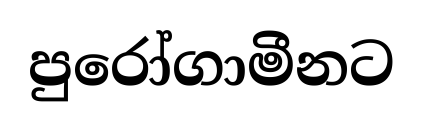
පුරෝගාමීනට